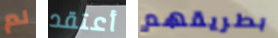
لم أعتقد بطريقهم